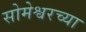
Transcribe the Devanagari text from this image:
सोमेश्वरच्या